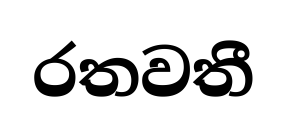
රතවතී